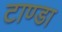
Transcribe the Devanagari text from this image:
टाण्‍डा